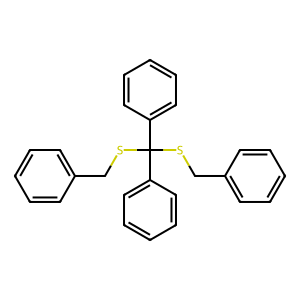
SMILES: c1ccc(CSC(SCc2ccccc2)(c2ccccc2)c2ccccc2)cc1
Inhibits HIV replication: No